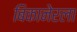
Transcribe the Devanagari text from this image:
बिकानेरला